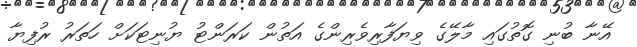
އޭނާ ބުނި ގޮތުގައި މާލޭގެ ވިޔަފާރިވެރިންގެ އަތުން ކަރަންޓު ޔުނިޓަކަށް ހަތަރު ރުފިޔާ